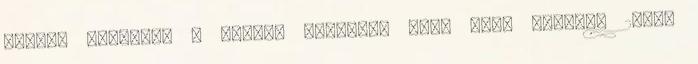
tavaly májusban a vállát műtötték meg, majd február 24-én